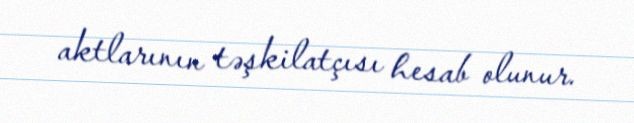
aktlarının təşkilatçısı hesab olunur.